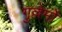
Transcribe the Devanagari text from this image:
गुल्लेर्मो